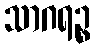
သာဂရဉ္စ